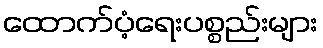
ထောက်ပံ့ရေးပစ္စည်းများ